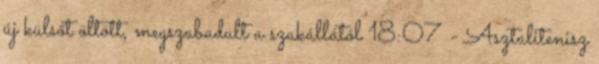
új külsőt öltött, megszabadult a szakállától 18:07 - Asztalitenisz